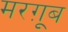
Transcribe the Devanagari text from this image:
मरग़ूूब